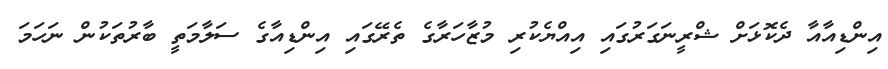
އިންޑިއާއާ ދެކޮޅަށް ޝްރީނަގަރުގައި އިއްޔެކުރި މުޒާހަރާގެ ތެރޭގައި އިންޑިއާގެ ސަލާމަތީ ބާރުތަކުން ނަހަމަ